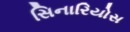
સિનારિયોસ